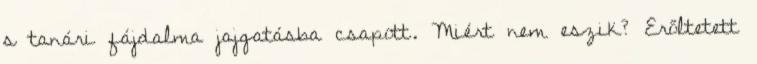
s tanári fájdalma jajgatásba csapott. Miért nem eszik? Erőltetett